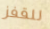
للقفز